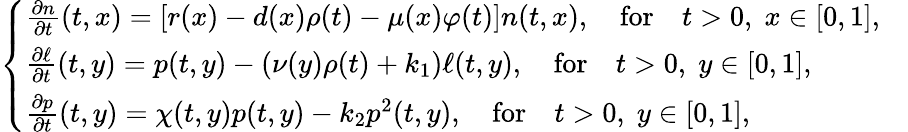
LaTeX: \left\{ \begin{array}{ll}{\frac{\partial n}{\partial t}(t,x)=\left[r(x)-d(x)\rho(t)-\mu(x)\varphi(t)\right]n(t,x),\quad\mathrm{for}\quad t>0,\; x\in[0,1],}&\\ {\frac{\partial\ell}{\partial t}(t,y)=p(t,y)-\left(\nu(y)\rho(t)+k_{1}\right)\ell(t,y),\quad\mathrm{for}\quad t>0,\; y\in[0,1],}&\\ {\frac{\partial p}{\partial t}(t,y)=\chi(t,y)p(t,y)-k_{2}p^{2}(t,y),\quad\mathrm{for}\quad t>0,\; y\in[0,1],}\end{array}\right.